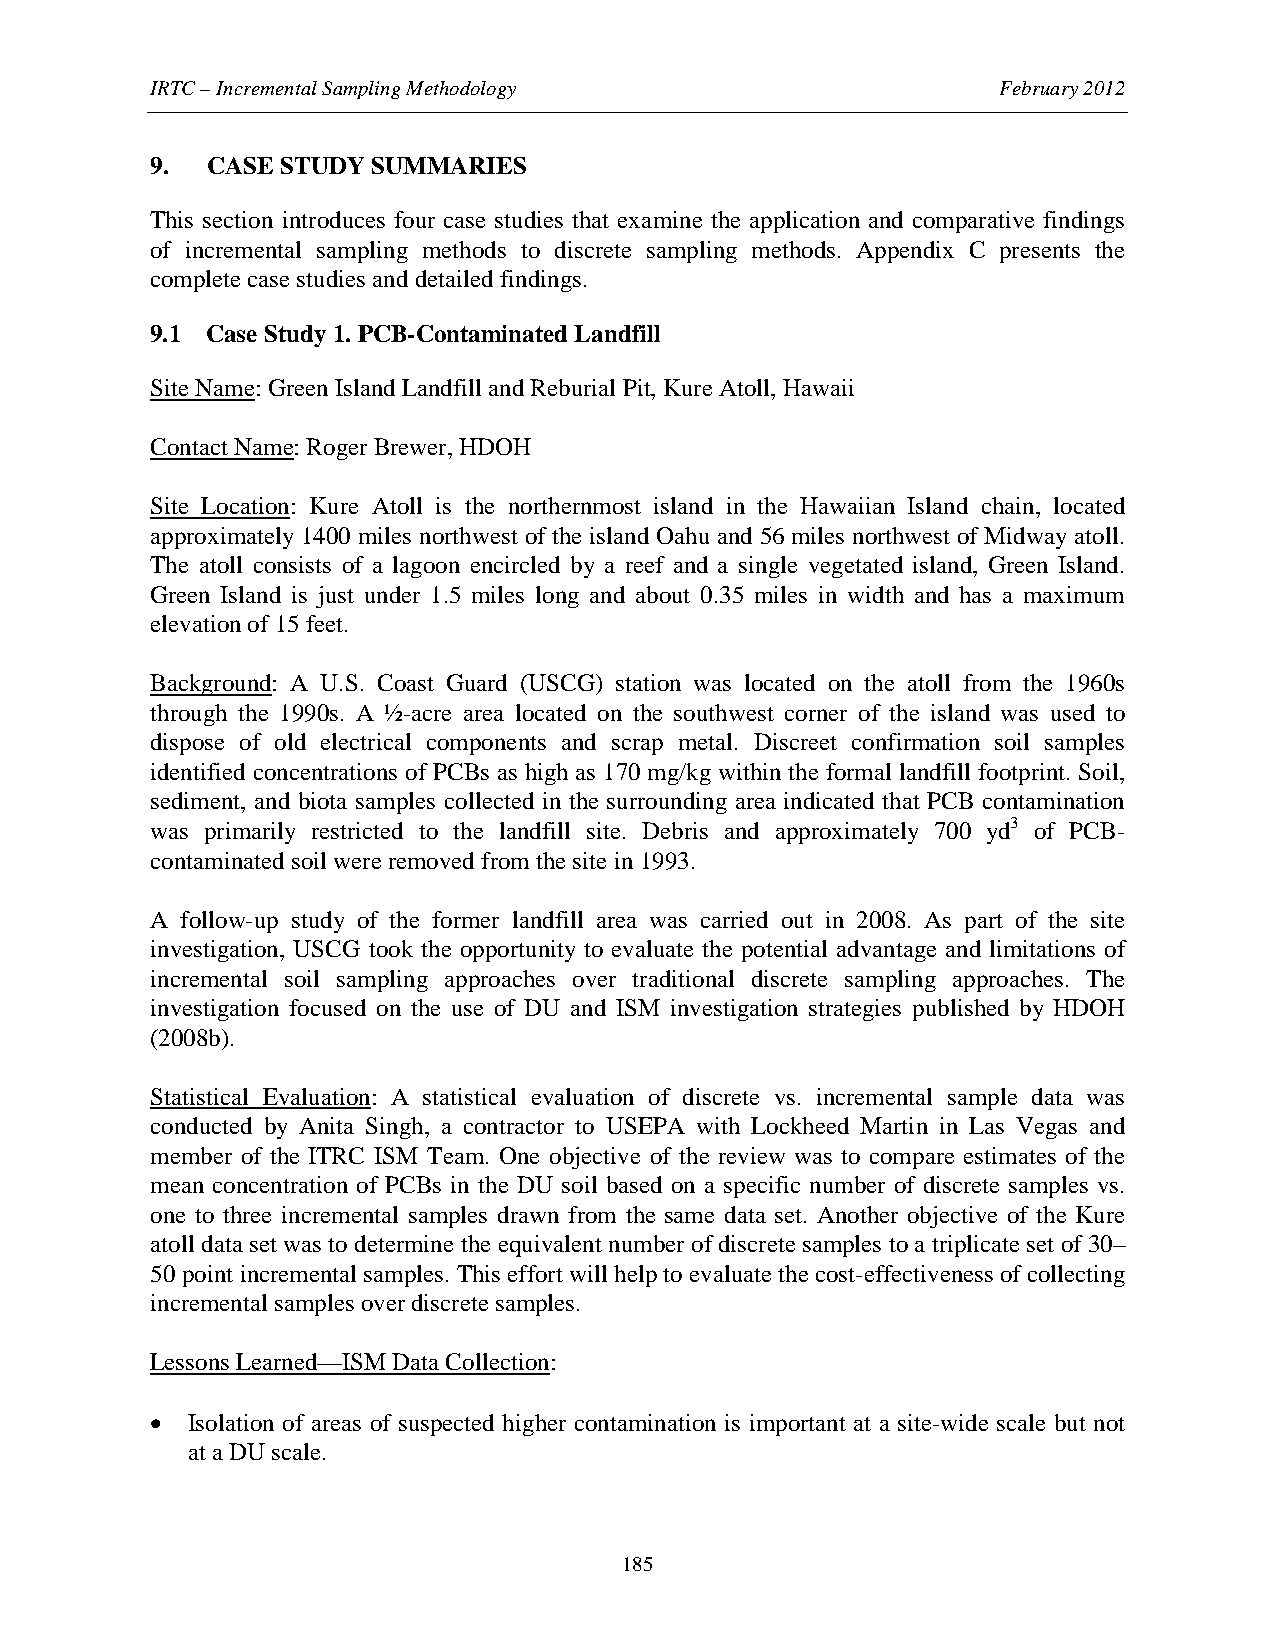
IRTC – Incremental Sampling Methodology                 February 2012
 9.  CASE STUDY SUMMARIES
 This section introduces four case studies that examine the application and comparative findings
 of incremental sampling methods to discrete sampling methods. Appendix C presents the
 complete case studies and detailed findings.
 9.1 Case Study 1. PCB-Contaminated Landfill
 Site Name: Green Island Landfill and Reburial Pit, Kure Atoll, Hawaii
 Contact Name: Roger Brewer, HDOH
 Site Location: Kure Atoll is the northernmost island in the Hawaiian Island chain, located
 approximately 1400 miles northwest of the island Oahu and 56 miles northwest of Midway atoll.
 The atoll consists of a lagoon encircled by a reef and a single vegetated island, Green Island.
 Green Island is just under 1.5 miles long and about 0.35 miles in width and has a maximum
 elevation of 15 feet.
 Background: A U.S. Coast Guard (USCG) station was located on the atoll from the 1960s
 through the 1990s. A ½-acre area located on the southwest corner of the island was used to
 dispose of old electrical components and scrap metal. Discreet confirmation soil samples
 identified concentrations of PCBs as high as 170 mg/kg within the formal landfill footprint. Soil,
 sediment, and biota samples collected in the surrounding area indicated that PCB contamination
 was primarily restricted to the landfill site. Debris and approximately 700 yd3 of PCB-
 contaminated soil were removed from the site in 1993.
 A follow-up study of the former landfill area was carried out in 2008. As part of the site
 investigation, USCG took the opportunity to evaluate the potential advantage and limitations of
 incremental soil sampling approaches over traditional discrete sampling approaches. The
 investigation focused on the use of DU and ISM investigation strategies published by HDOH
 (2008b).
 Statistical Evaluation: A statistical evaluation of discrete vs. incremental sample data was
 conducted by Anita Singh, a contractor to USEPA with Lockheed Martin in Las Vegas and
 member of the ITRC ISM Team. One objective of the review was to compare estimates of the
 mean concentration of PCBs in the DU soil based on a specific number of discrete samples vs.
 one to three incremental samples drawn from the same data set. Another objective of the Kure
 atoll data set was to determine the equivalent number of discrete samples to a triplicate set of 30–
 50 point incremental samples. This effort will help to evaluate the cost-effectiveness of collecting
 incremental samples over discrete samples.
 Lessons Learned—ISM Data Collection:
 • Isolation of areas of suspected higher contamination is important at a site-wide scale but not
 at a DU scale.
 185